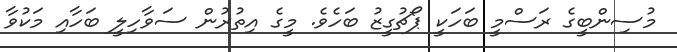
މުސިންބީގެ ރަސްމީ ބަހަކީ ޕޯޗުގީޒު ބަހެވެ. މީގެ އިތުރުން ސަވާހިލީ ބަހާއި މަކުވާ